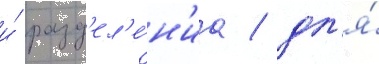
и́ разд'ел'е́н'иа / дл'я́